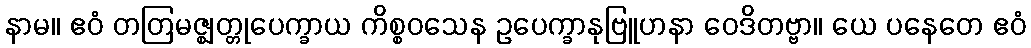
နာမ။ ဧဝံ တတြမဇ္ဈတ္တုပေက္ခာယ ကိစ္စဝသေန ဥပေက္ခာနုဗြူဟနာ ဝေဒိတဗ္ဗာ။ ယေ ပနေတေ ဧဝံ